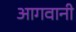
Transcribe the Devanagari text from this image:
आगवानी